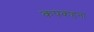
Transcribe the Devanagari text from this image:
कपकहना